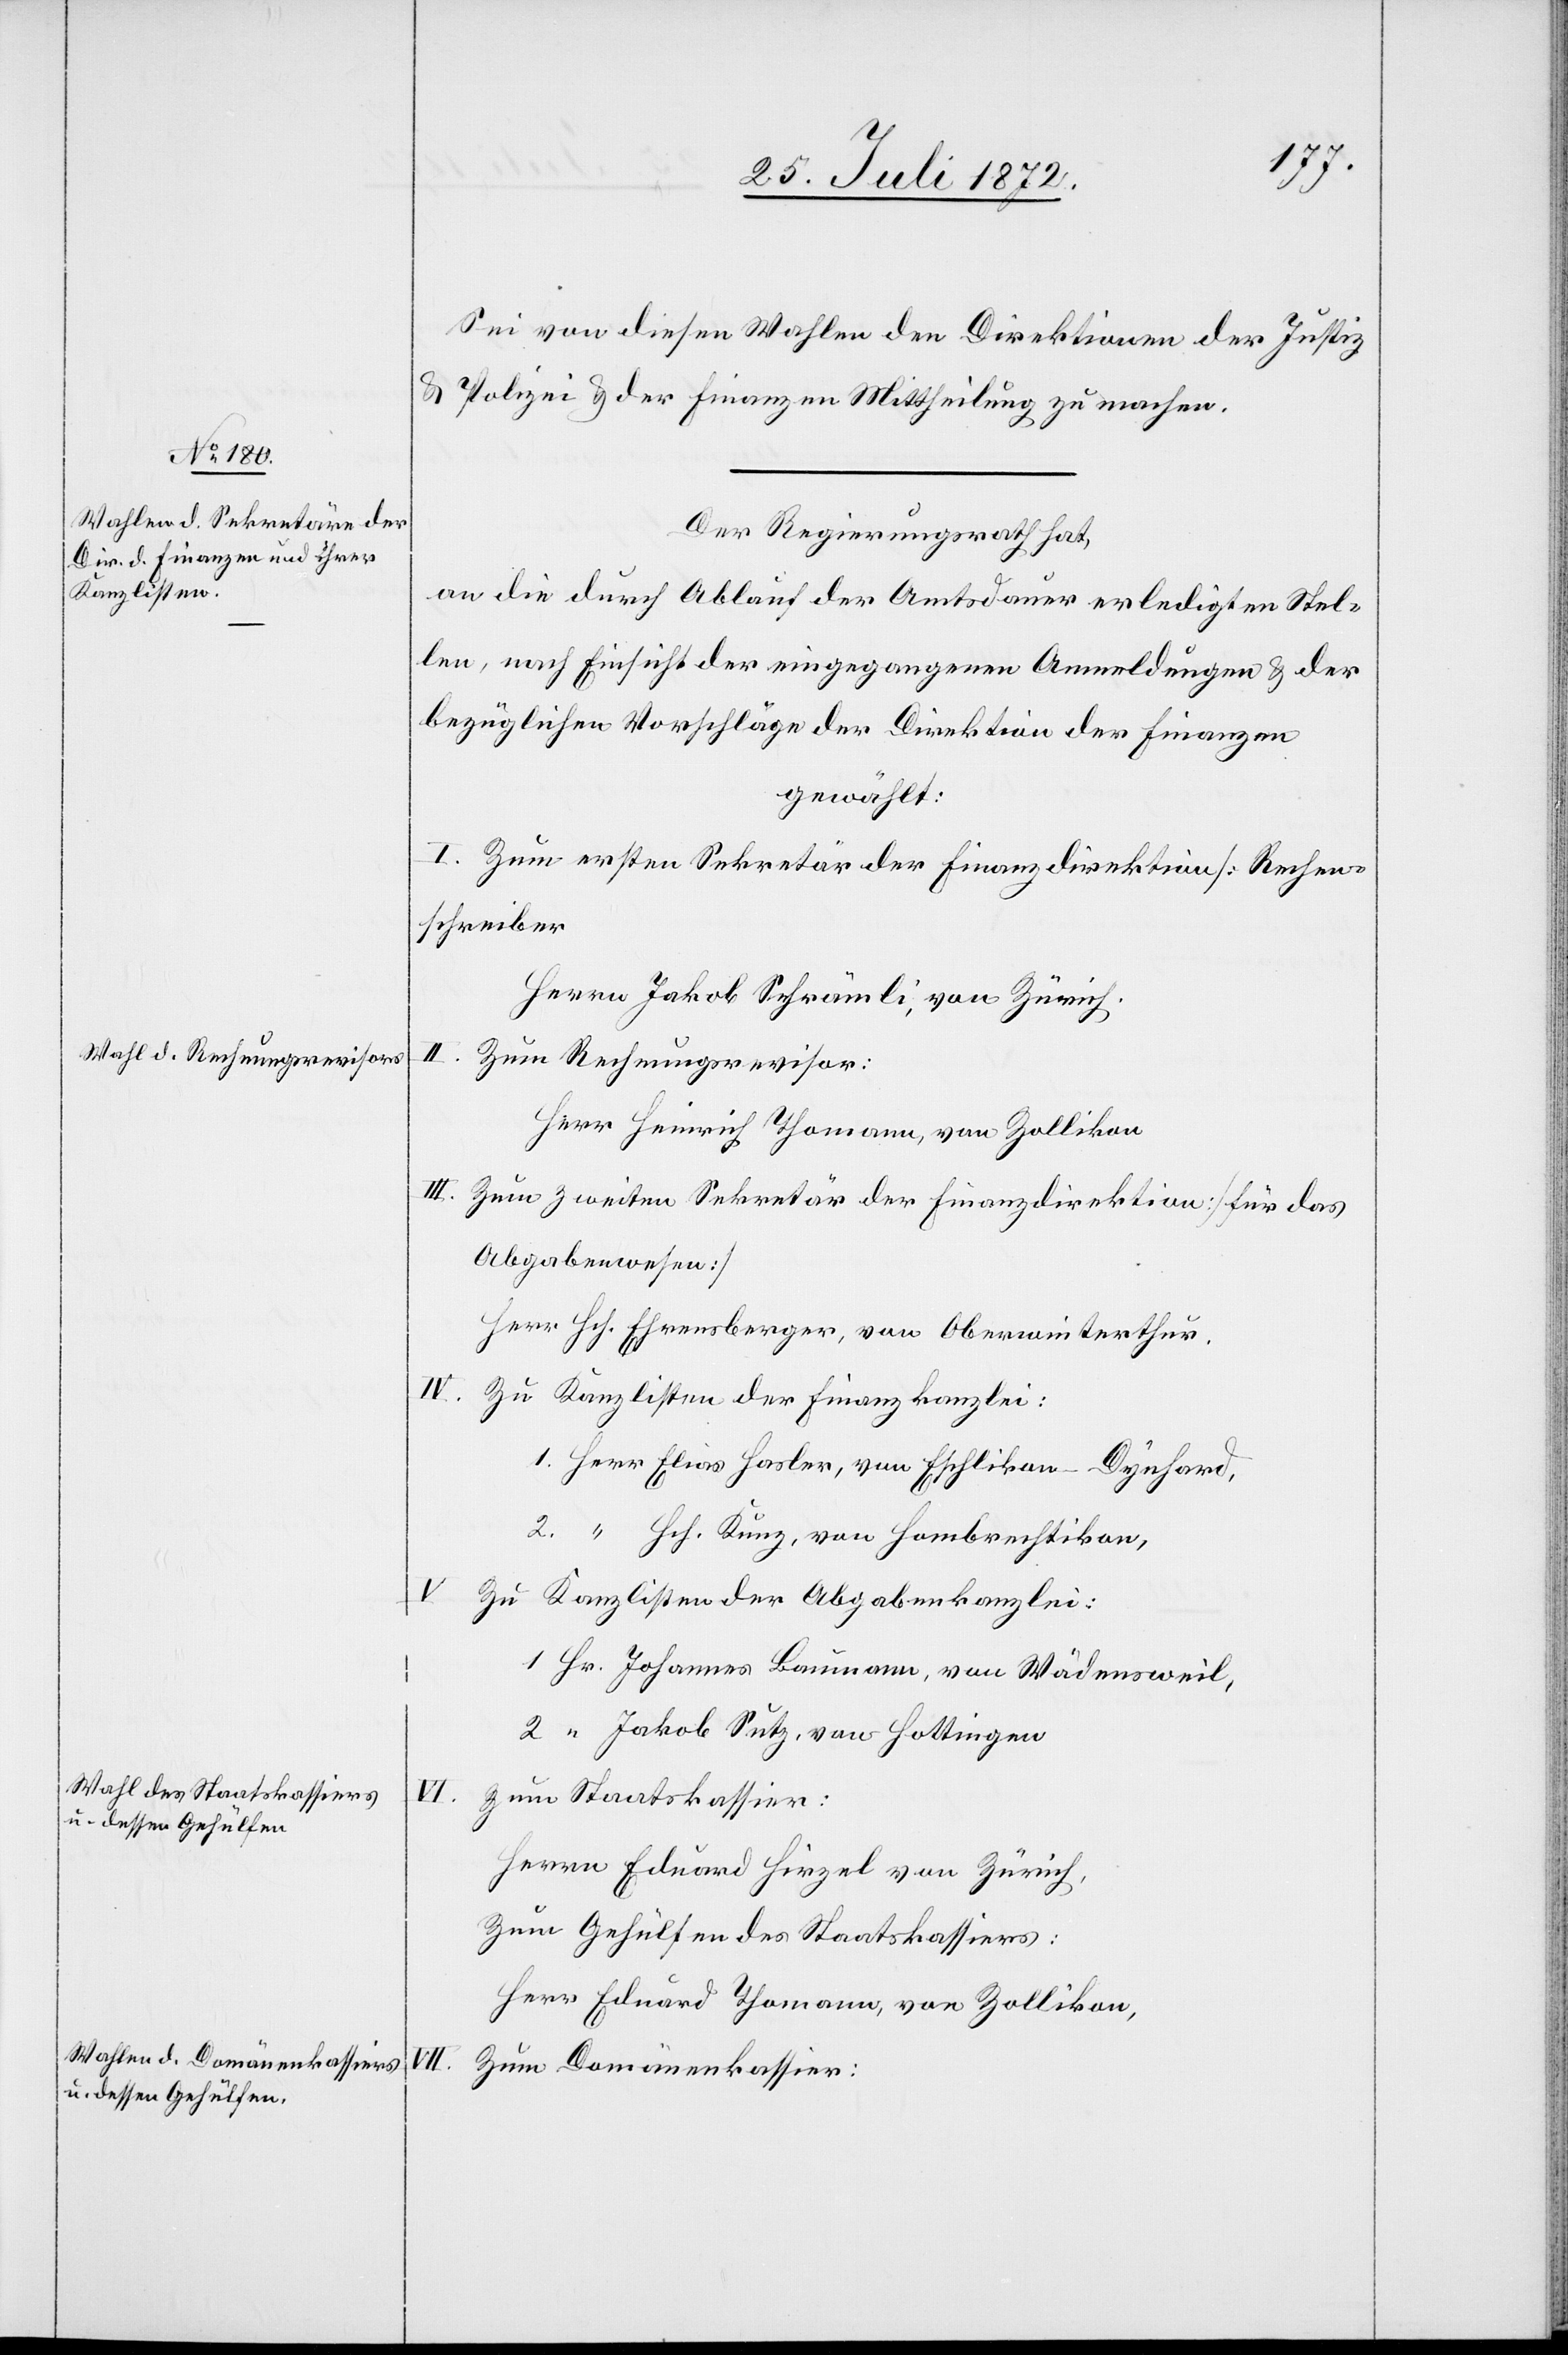
Sei von diesen Wahlen den Direktionen der Justiz
u. Polizei u. der Finanzen Mittheilung zu machen.
Der Regierungsrath hat,
an die durch Ablauf der Amtsdauer erledigten Stel¬
len, nach Einsicht der eingegangenen Anmeldungen u. der
bezüglichen Vorschläge der Direktion der Finanzen
gewählt:
I. Zum ersten Sekretär der Finanzdirektion [Rechen¬
schreiber]
Herrn Jakob Schränkli, von Zürich.
II.
Zum Rechnungsrevisor:
Herr Heinrich Thomann, von Zollikon.
Zum zweiten Sekretär der Finanzdirektion [für das
Abgabenwesen]
Herr Hch. Ehrensberger, von Oberwinterthur.
IV.
Zu Kanzlisten der Finanzkanzlei:
1. Herr Elias Hasler, von Eschlikon-Dynhard,
2. “ Hch. Kunz, von Hombrechtikon,
V. Zu Kanzlisten der Abgabenkanzlei:
1. Hr. Johannes Baumann, von Wädensweil,
2. “ Jakob Sutz, von Hottingen
Zum Staatskassier:
Herrn Eduard Hirzel von Zürich,
Zum Gehülfen des Staatskassiers:
Herr Eduard Thomann, von Zollikon,
Zum Domänenkassier: